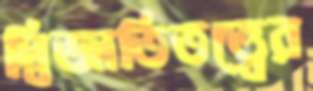
দ্বিজাতিতত্ত্বের